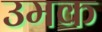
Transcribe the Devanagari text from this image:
उमक